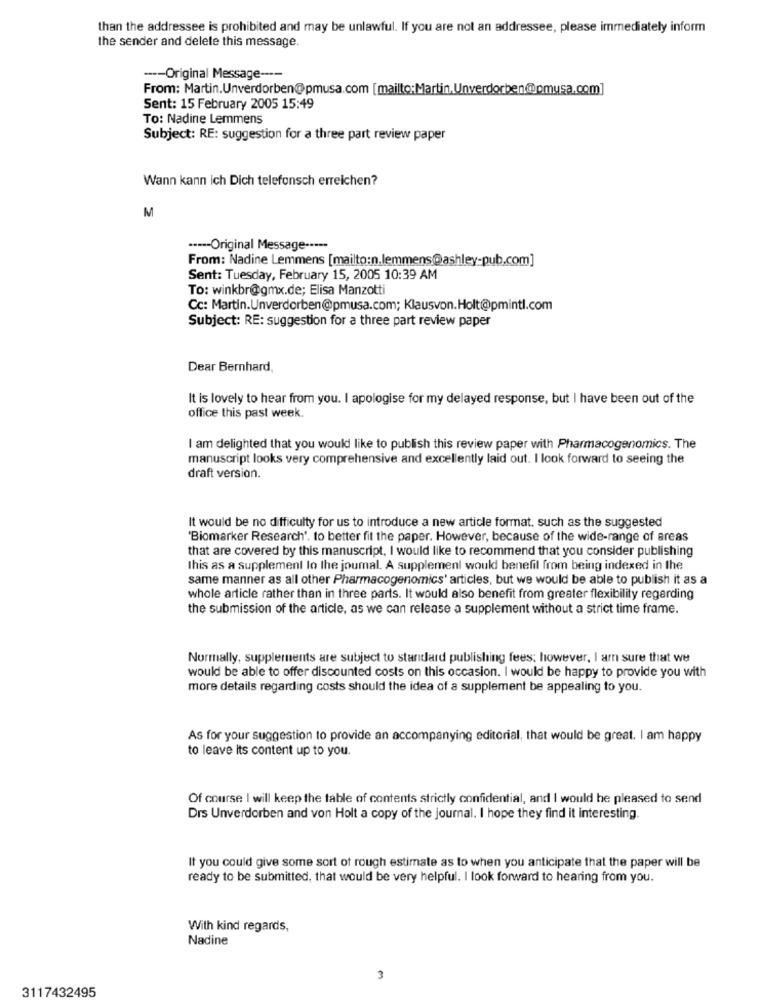
than the addressee is prohibited and may be unlawful. If you are not an addressee, please immediately inform
the sender and delete this message
---- Original Message ----
From: Martin.Unverdorben@pmusa.com [mailto:Martin,Unverdorben@omusa.com]
Sent: 15 February 2005 15:49
To: Nadine Lemmens
Subject: RE: suggestion for a three part review paper
Wann kann ich Dich telefonsch erreichen?
M
----- Original Message -----
From: Nadine Lemmens [mailto:n.lemmens@ashley-pub.com]
Sent: Tuesday, February 15, 2005 10:39 AM
To: winkbr@gmx.de; Elisa Manzotti
Cc: Martin.Unverdorben@pmusa.com; Klausvon.Holt@pmintl.com
Subject: RE: suggestion for a three part review paper
Dear Bernhard,
It is lovely to hear from you. I apologise for my delayed response, but I have been out of the
office this past week.
am delighted that you would like to publish this review paper with Pharmacogenomics. The
manuscript looks very comprehensive and excellently laid out. I look forward to seeing the
draft version.
It would be no difficulty for us to introduce a new article format, such as the suggested
'Biomarker Research'. to better fit the paper. However, because of the wide-range of areas
that are covered by this manuscript, I would like to recommend that you consider publishing
this as a supplement lo the journal. A supplement would benefit from being indexed in the
same manner as all other Pharmacogenomics' articles, but we would be able to publish it as a
whole article rather than in three parts. It would also benefit from greater flexibility regarding
the submission of the article, as we can release a supplement without a strict time frame.
Normally, supplements are subject to standard publishing fees; however, I am sure that we
would be able to offer discounted costs on this occasion. I would be happy to provide you with
more details regarding costs should the idea of a supplement be appealing to you.
As for your suggestion to provide an accompanying editorial, that would be great. I am happy
to leave its content up to you.
Of course I will keep the table of contents strictly confidential, and I would he pleased to send
Drs Unverdorben and von Holt a copy of the journal. I hope they find it interesting.
It you could give some sort of rough estimate as to when you anticipate that the paper will be
ready to be submitted, that would be very helpful. I look forward to hearing from you.
With kind regards,
Nadine
3
3117432495